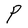
Character: P